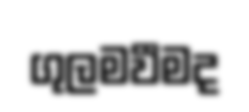
ගුලමවීමද